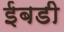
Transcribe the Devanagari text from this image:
ईबडी